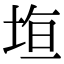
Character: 𭎤